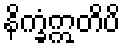
နိက္ခံဣတိပိ